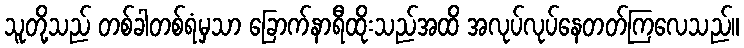
သူတို့သည် တစ်ခါတစ်ရံမှသာ ခြောက်နာရီထိုးသည်အထိ အလုပ်လုပ်နေတတ်ကြလေသည်။